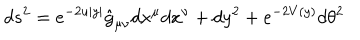
LaTeX: d s ^ { 2 } = e ^ { - 2 u | y | } \hat { g } _ { \mu \nu } d x ^ { \mu } d x ^ { \nu } + d y ^ { 2 } + e ^ { - 2 V ( y ) } d \theta ^ { 2 }